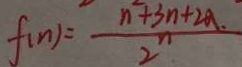
f ( n ) = \frac { n ^ { 2 } + 3 n + 2 a . } { 2 ^ { n } }